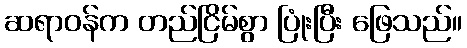
ဆရာဝန်က တည်ငြိမ်စွာ ပြုံးပြီး ဖြေသည်။